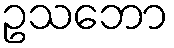
ဥသဘော